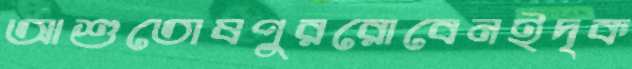
আশুতোষপুররোবেনইদৃক